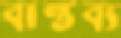
বাস্তব্য